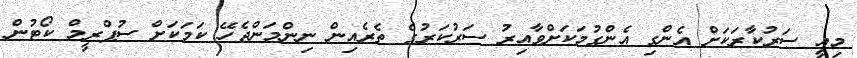
މިއީ ސަރުކާރަކަށް އެންގި އެންގުމަކަށްވާއިރު ސަރުކަރުގެ ތެރެއިން ނިންމަންޖެހޭ ކަމަކަށް ސުޕްރީމް ކޯޓުން